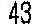
43